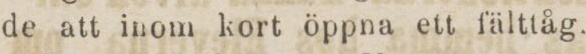
de att inom kort öppna ett fälttåg.